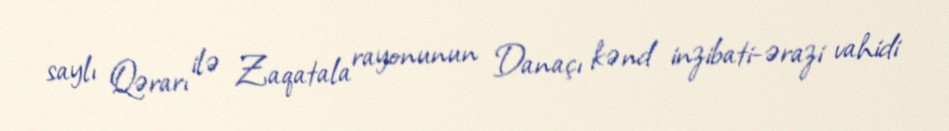
saylı Qərarı ilə Zaqatala rayonunun Danaçı kənd inzibati-ərazi vahidi